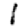
Digit: 1